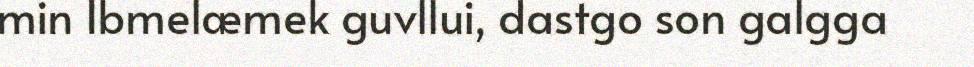
min Ibmelæmek guvllui, dastgo son galgga